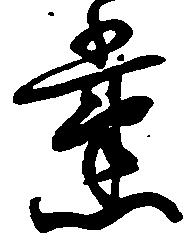
党